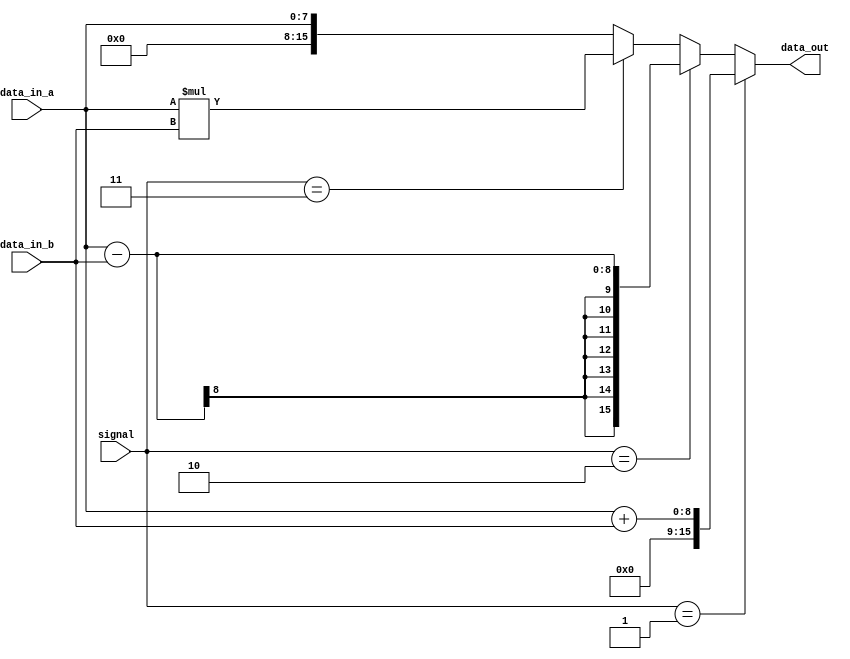
module Arithmetic_Unit(signal,data_in_a,data_in_b,data_out);
	
	input[1:0] signal;
	input[7:0] data_in_a,data_in_b;


	output reg[15:0] data_out;

	initial
		begin
			data_out = 16'd0;
		end

	always @(signal or data_in_a or data_in_b)
		begin
			if (signal == 2'b01)
				data_out = data_in_a + data_in_b;
			else if (signal == 2'b10)
				data_out = data_in_a - data_in_b;
			else if (signal == 2'b11)
				data_out = data_in_a*data_in_b;
			else
				data_out = data_in_a;
		end

endmodule